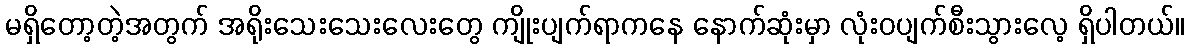
မရှိတော့တဲ့အတွက် အရိုးသေးသေးလေးတွေ ကျိုးပျက်ရာကနေ နောက်ဆုံးမှာ လုံးဝပျက်စီးသွားလေ့ ရှိပါတယ်။